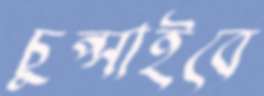
চুপ্‌সাইবে